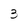
Character: 3